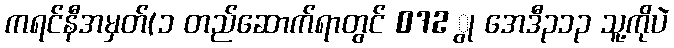
ကရင်နီအမှတ်(၁ တည်ဆောက်ရာတွင် 072 ွု အေဒီ၃၁၃ သူ့ကိုပဲ